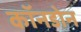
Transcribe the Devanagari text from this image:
कॉनडोन